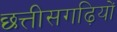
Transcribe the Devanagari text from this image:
छत्तीसगढ़ियों